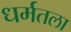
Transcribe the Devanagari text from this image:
धर्मतला